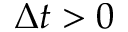
\Delta t > 0